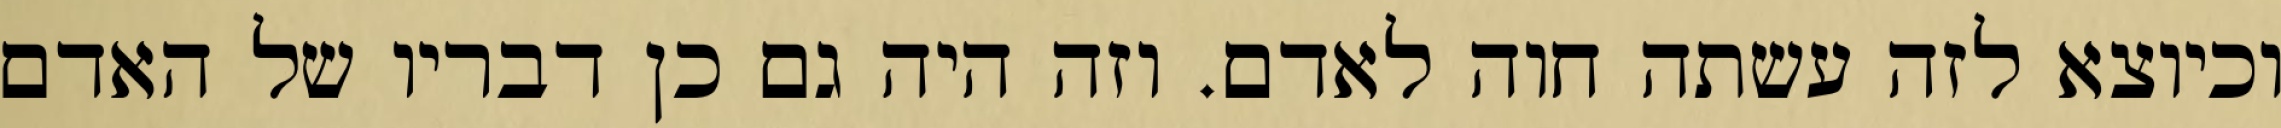
וכיוצא לזה עשתה חוה לאדם. וזה היה גם כן דבריו של האדם